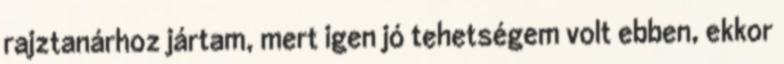
rajztanárhoz jártam, mert igen jó tehetségem volt ebben, ekkor